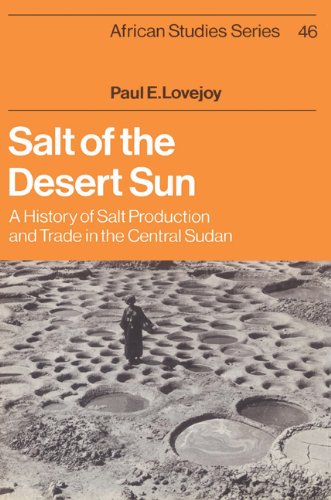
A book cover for Salt of the Desert Sun: A History of Salt Production and Trade in the Central Sudan (African Studies); Paul E. Lovejoy; History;